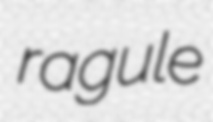
ragule